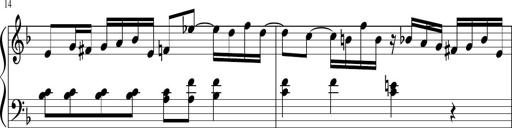
Title: Sonatina for Piano, WoO 50
Composer: Ludwig van Beethoven
Key: F major